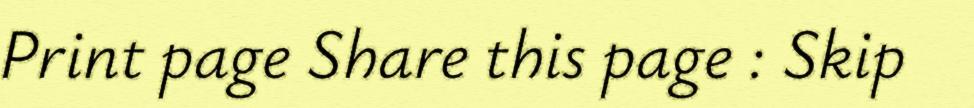
Print page Share this page : Skip